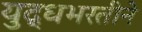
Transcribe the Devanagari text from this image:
युद्धभरतीने